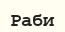
Раби